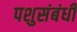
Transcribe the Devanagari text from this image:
पशुसंबंधी